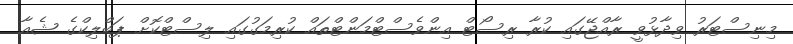
މިނިސްޓަރު ވިދާޅުވީ ރާއްޖޭގައި ކުރާ ރިސޯޓް އިންވެސްޓްމަންޓްތައް ކުރިމަގުގައި ލިސްޓްކޮށް ޕަބްލިކްގެ ޝެއާ